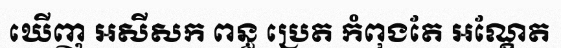
ឃើញ អសីសក ពន្ធ ប្រេត កំពុងតែ អណ្តែត